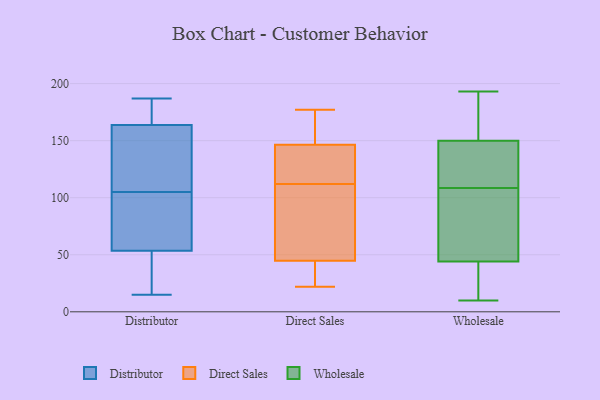
{"axis": {"x": "LTV (USD)", "y": "Value"}, "legend": ["Direct Sales", "Distributor", "Wholesale"], "data": [{"x": "", "y": 164, "type": "Distributor"}, {"x": "", "y": 24, "type": "Distributor"}, {"x": "", "y": 95, "type": "Distributor"}, {"x": "", "y": 51, "type": "Distributor"}, {"x": "", "y": 133, "type": "Distributor"}, {"x": "", "y": 61, "type": "Distributor"}, {"x": "", "y": 105, "type": "Distributor"}, {"x": "", "y": 149, "type": "Distributor"}, {"x": "", "y": 159, "type": "Distributor"}, {"x": "", "y": 164, "type": "Distributor"}, {"x": "", "y": 169, "type": "Distributor"}, {"x": "", "y": 46, "type": "Distributor"}, {"x": "", "y": 187, "type": "Distributor"}, {"x": "", "y": 75, "type": "Distributor"}, {"x": "", "y": 20, "type": "Distributor"}, {"x": "", "y": 64, "type": "Distributor"}, {"x": "", "y": 15, "type": "Distributor"}, {"x": "", "y": 163, "type": "Distributor"}, {"x": "", "y": 171, "type": "Distributor"}, {"x": "", "y": 144, "type": "Direct Sales"}, {"x": "", "y": 134, "type": "Direct Sales"}, {"x": "", "y": 112, "type": "Direct Sales"}, {"x": "", "y": 64, "type": "Direct Sales"}, {"x": "", "y": 23, "type": "Direct Sales"}, {"x": "", "y": 154, "type": "Direct Sales"}, {"x": "", "y": 177, "type": "Direct Sales"}, {"x": "", "y": 44, "type": "Direct Sales"}, {"x": "", "y": 22, "type": "Direct Sales"}, {"x": "", "y": 137, "type": "Direct Sales"}, {"x": "", "y": 45, "type": "Direct Sales"}, {"x": "", "y": 166, "type": "Direct Sales"}, {"x": "", "y": 64, "type": "Direct Sales"}, {"x": "", "y": 69, "type": "Wholesale"}, {"x": "", "y": 181, "type": "Wholesale"}, {"x": "", "y": 193, "type": "Wholesale"}, {"x": "", "y": 37, "type": "Wholesale"}, {"x": "", "y": 10, "type": "Wholesale"}, {"x": "", "y": 147, "type": "Wholesale"}, {"x": "", "y": 169, "type": "Wholesale"}, {"x": "", "y": 184, "type": "Wholesale"}, {"x": "", "y": 48, "type": "Wholesale"}, {"x": "", "y": 148, "type": "Wholesale"}, {"x": "", "y": 76, "type": "Wholesale"}, {"x": "", "y": 17, "type": "Wholesale"}, {"x": "", "y": 100, "type": "Wholesale"}, {"x": "", "y": 149, "type": "Wholesale"}, {"x": "", "y": 40, "type": "Wholesale"}, {"x": "", "y": 149, "type": "Wholesale"}, {"x": "", "y": 117, "type": "Wholesale"}, {"x": "", "y": 74, "type": "Wholesale"}, {"x": "", "y": 17, "type": "Wholesale"}, {"x": "", "y": 151, "type": "Wholesale"}]}